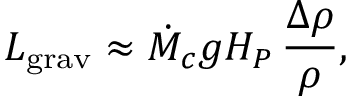
L _ { \mathrm { g r a v } } \approx \dot { M } _ { c } g H _ { P } \, { \frac { \Delta \rho } { \rho } } ,